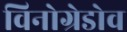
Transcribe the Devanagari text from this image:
विनोग्रेडोव